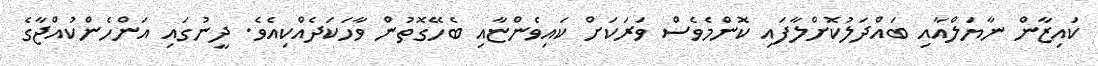
ކައިޒާން ނާޔަލްއާއި ބައްދަލުކޮށްލާފައި ކޮންމެވެސް ވަރަކަށް ކައިވެންޏާއި ބެހޭގޮތުން ވާހަކަދެއްކިއެވެ. ދީނުގައި އަންހެންކުއްޖާގެ